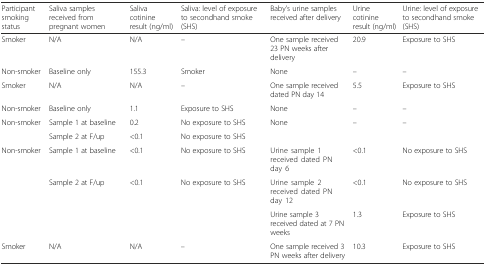
<table><thead><tr><td><b>Participant smoking status</b></td><td><b>Saliva samples received from pregnant women</b></td><td><b>Saliva cotinine result (ng/ml)</b></td><td><b>Saliva: level of exposure to secondhand smoke (SHS)</b></td><td><b>Baby’s urine samples received after delivery</b></td><td><b>Urine cotinine result (ng/ml)</b></td><td><b>Urine: level of exposure to secondhand smoke (SHS)</b></td></tr></thead><tbody><tr><td>Smoker</td><td>N/A</td><td>N/A</td><td>–</td><td>One sample received 23 PN weeks after delivery</td><td>20.9</td><td>Exposure to SHS</td></tr><tr><td>Non-smoker</td><td>Baseline only</td><td>155.3</td><td>Smoker</td><td>None</td><td>–</td><td>–</td></tr><tr><td>Smoker</td><td>N/A</td><td>N/A</td><td>–</td><td>One sample received dated PN day 14</td><td>5.5</td><td>Exposure to SHS</td></tr><tr><td>Non-smoker</td><td>Baseline only</td><td>1.1</td><td>Exposure to SHS</td><td>None</td><td>–</td><td>–</td></tr><tr><td rowspan="2">Non-smoker</td><td>Sample 1 at baseline</td><td>0.2</td><td>No exposure to SHS</td><td rowspan="2">None</td><td rowspan="2">–</td><td rowspan="2">–</td></tr><tr><td>Sample 2 at F/up</td><td>&lt;0.1</td><td>No exposure to SHS</td></tr><tr><td rowspan="3">Non-smoker</td><td>Sample 1 at baseline</td><td>&lt;0.1</td><td>No exposure to SHS</td><td>Urine sample 1 received dated PN day 6</td><td>&lt;0.1</td><td>No exposure to SHS</td></tr><tr><td rowspan="2">Sample 2 at F/up</td><td rowspan="2">&lt;0.1</td><td rowspan="2">No exposure to SHS</td><td>Urine sample 2 received dated PN day 12</td><td>&lt;0.1</td><td>No exposure to SHS</td></tr><tr><td>Urine sample 3 received dated at 7 PN weeks</td><td>1.3</td><td>Exposure to SHS</td></tr><tr><td>Smoker</td><td>N/A</td><td>N/A</td><td>–</td><td>One sample received 3 PN weeks after delivery</td><td>10.3</td><td>Exposure to SHS</td></tr></tbody></table>